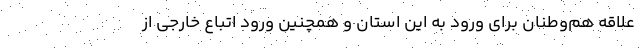
علاقه هم‌وطنان برای ورود به این استان و همچنین ورود اتباع خارجی از